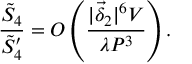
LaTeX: \frac { \tilde { S } _ { 4 } } { \tilde { S } _ { 4 } ^ { \prime } } = O \left( \frac { | \vec { \delta } _ { 2 } | ^ { 6 } V } { \lambda { \cal P } ^ { 3 } } \right) .